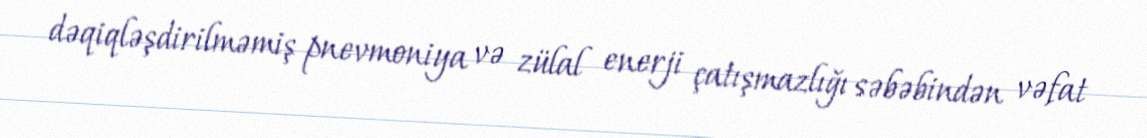
dəqiqləşdirilməmiş pnevmoniya və zülal enerji çatışmazlığı səbəbindən vəfat